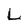
Character: L